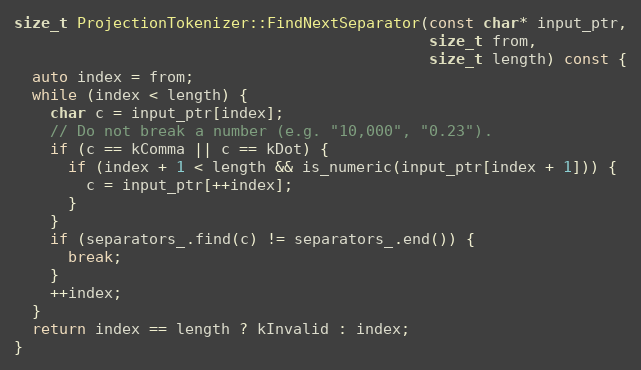
Language: C++
size_t ProjectionTokenizer::FindNextSeparator(const char* input_ptr,
                                              size_t from,
                                              size_t length) const {
  auto index = from;
  while (index < length) {
    char c = input_ptr[index];
    // Do not break a number (e.g. "10,000", "0.23").
    if (c == kComma || c == kDot) {
      if (index + 1 < length && is_numeric(input_ptr[index + 1])) {
        c = input_ptr[++index];
      }
    }
    if (separators_.find(c) != separators_.end()) {
      break;
    }
    ++index;
  }
  return index == length ? kInvalid : index;
}